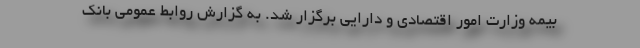
بیمه وزارت امور اقتصادی و دارایی برگزار شد. به گزارش روابط عمومی بانک